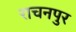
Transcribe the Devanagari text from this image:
राचनपुर